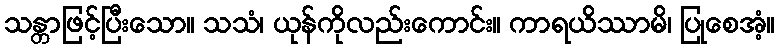
သန္တာဖြင့်ပြီးသော။ သသံ၊ ယုန်ကိုလည်းကောင်း။ ကာရယိဿာမိ၊ ပြုစေအံ့။